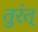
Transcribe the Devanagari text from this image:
तुरंत्